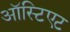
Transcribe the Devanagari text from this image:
ऑस्टिएट